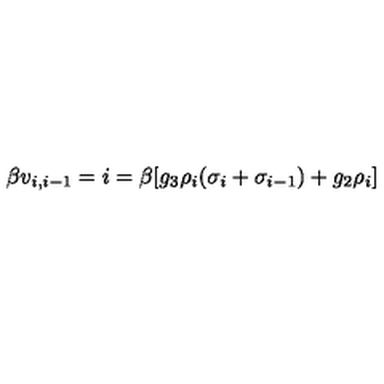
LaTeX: \beta v _ { i , i - 1 } = i = \beta [ g _ { 3 } \rho _ { i } ( \sigma _ { i } + \sigma _ { i - 1 } ) + g _ { 2 } \rho _ { i } ]